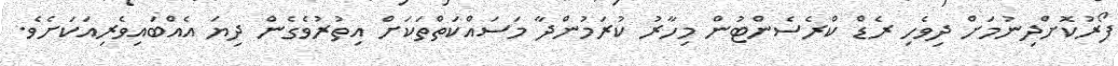
ފޯރުކޮށްދިނުމަށް ދިވެހި ރެޑް ކްރެސެންޓުން މިހާރު ކުރަމުންދާ މަސައްކަތްތަކަށް އިތުރުވެގެން ދިޔަ އެއްބައިވެރިއަކަށެވެ.